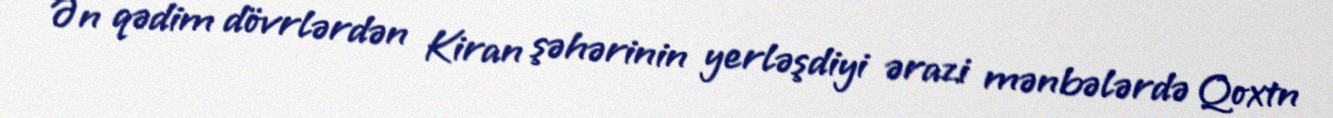
Ən qədim dövrlərdən Kiran şəhərinin yerləşdiyi ərazi mənbələrdə Qoxtn